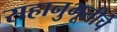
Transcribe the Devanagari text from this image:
सहानुभूतीचे